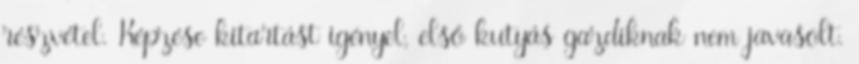
részvétel. Képzése kitartást igényel, első kutyás gazdiknak nem javasolt.